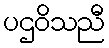
ပဌဝိသညီ